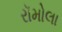
રૉમોલા